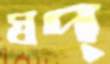
স্বপ্